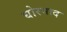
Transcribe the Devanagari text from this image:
घोरनाद